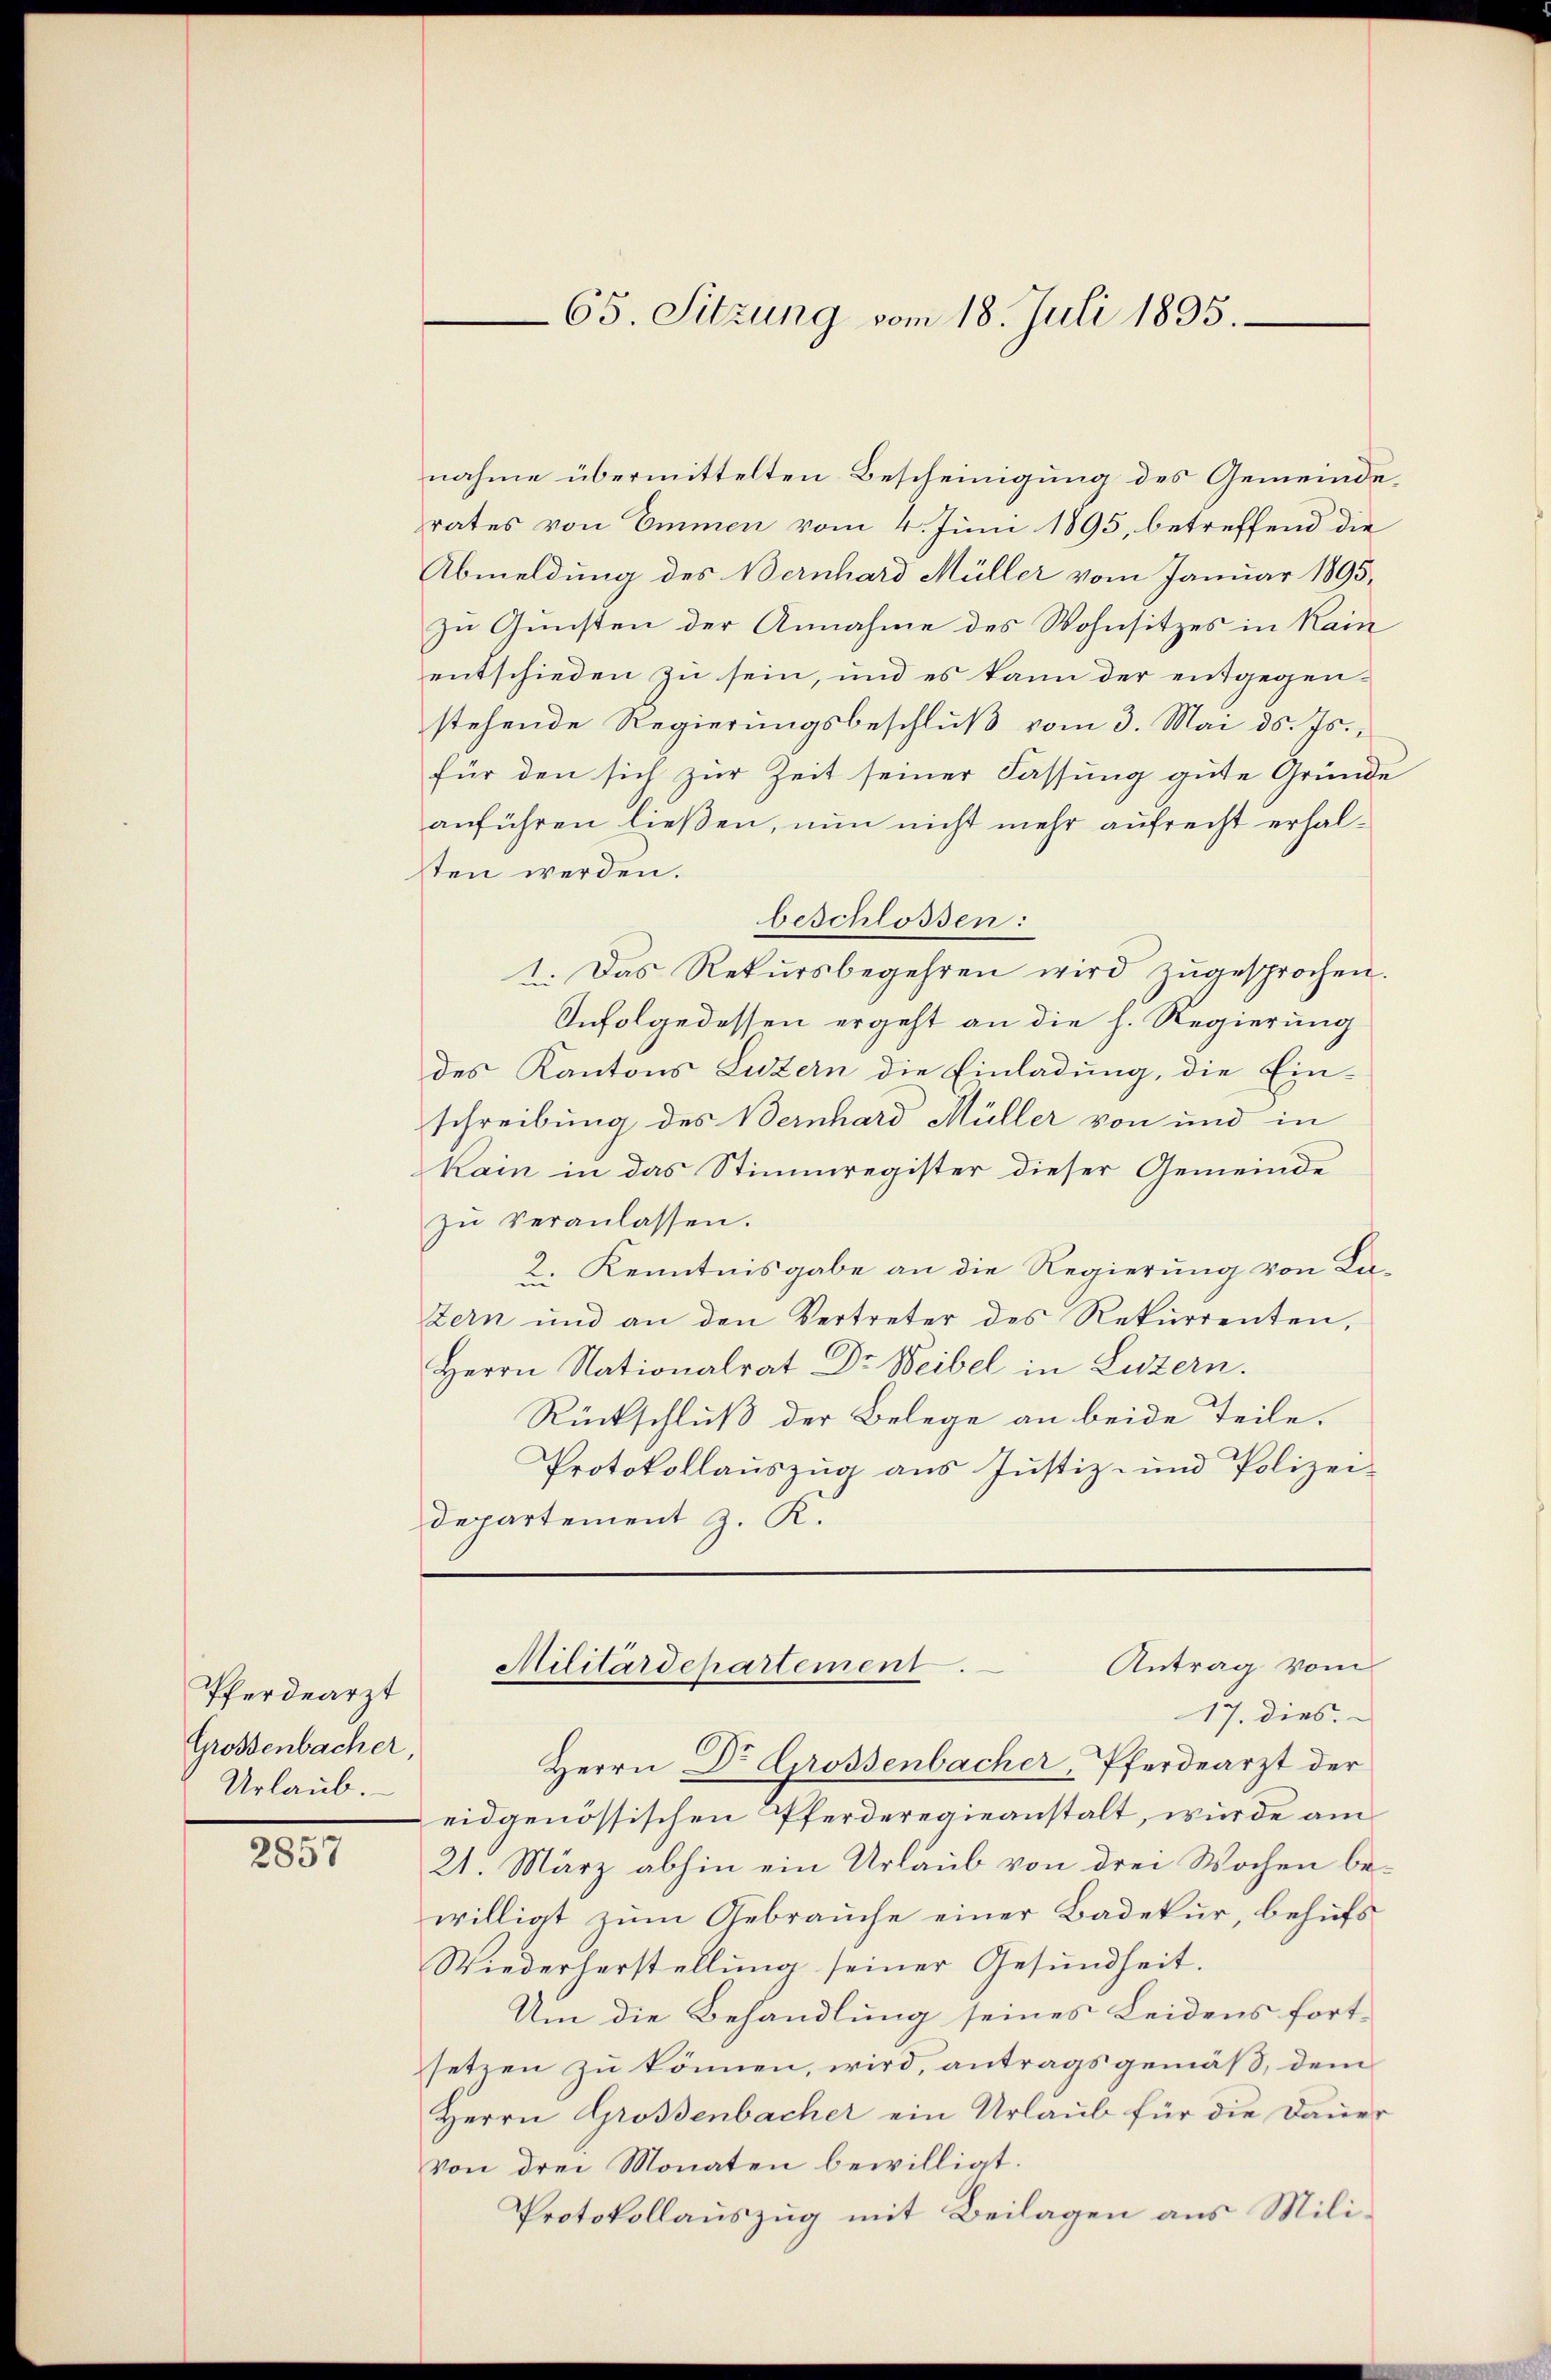
Pferdearzt
Grossenbacher
Urlaub.

2857

nahme übermittelten Bescheinigung des Gemeinderates von Emmen vom 4. Juni 1895, betreffend die
Abmeldung des Bernhard Müller vom Januar 1895.
zu Gunsten der Annahme des Wohnsitzes in Kain
entschieden zu sein, und es kann der entgegenstehende Regierŭngsbeschlŭβ vom 3. Mai d. Js.,
für den sich zur Zeit seiner Fassung gute Gründe
anführen ließen, nun nicht mehr aufrecht erhalsten werden.
beschlossen:
1. Das Rekursbegehren wird zŭgesprochen.
Infolgedessen ergeht an die h. Regierung
des Kantons Luzern die Einladung, die Ein-
schreibung des Bernhard Müller von und in
kain in das Stimmregister dieser Gemeinde
zŭ veranlassen.
2. Kenntnisgabe an die Regierung von Ka-
tern und an den Vertreter des Rekurrenten,
Herrn Nationalrat Dr Weibel in Luzern.
Rückschluß der Belege an beide Teile.
Protokollauszug aus Justiz- und Polizei-
Departement z. K.

65. Sitzung vom 18. Juli 1895.

Herrn Dr Grossenbacher, Pferdearzt der
eidgenössischen Pferderegieanstalt, wurde am
21. März abhin ein Urlaub von drei Wochen bewilligt zum Gebrauche einer Badekur, behufs
Wiederherstellung seiner Gesundheit.
Um die Behandlung seines Leidens fort-
setzen zu können, wird, antragsgemäß, dem
Herrn Grossenbacher ein Urlaub für die Dauer
von drei Monaten bewilligt.
Protokollauszug mit Beilagen aus Mili¬

Antrag vom
Militärdepartement.
17. dies.